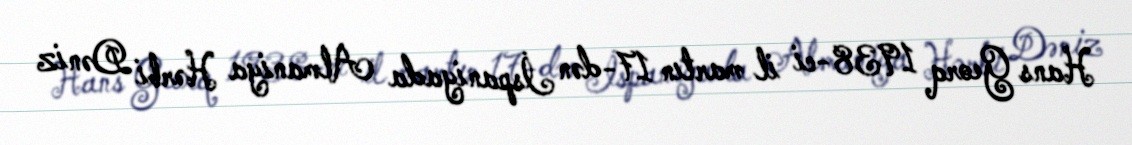
Hans Georq 1938-ci il martın 17-dən İspaniyada Almaniya Hərbi Dəniz